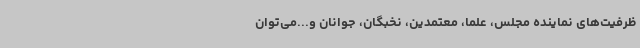
ظرفیت‌های نماینده مجلس، علما، معتمدین، نخبگان، جوانان و...می‌توان